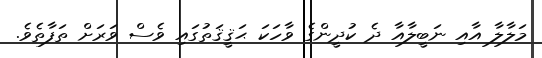
މަލާލާ އާއި ނަބީލާއާ ދެ ކުދީންގެ ވާހަކަ ޙަޤީޤަތުގައި ވެސް ވަރަށް ތަފާތެވެ.